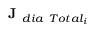
\textbf { J } _ { d i a \ T o t a l _ { i } }